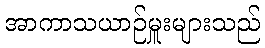
အာကာသယာဉ်မှူးများသည်